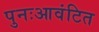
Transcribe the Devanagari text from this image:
पुनःआवंटित